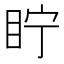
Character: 眝